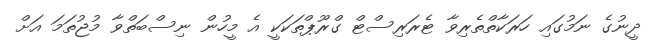
ދީނުގެ ނަމުގައި ހަރަކާތްތެރިވާ ޓެރަރިސްޓް ގްރޫޕްތަކަކީ އެ މީހުން ނިސްބަތްވާ މުޖުތަމަ އަށް